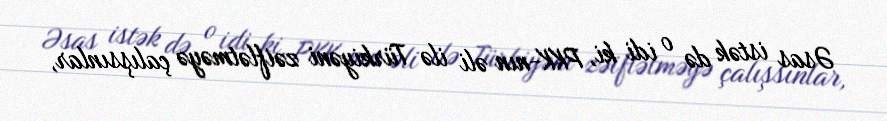
Əsas istək də o idi ki, PKK-nın əli ilə Türkiyəni zəiflətməyə çalışsınlar,